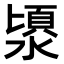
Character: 𣻯